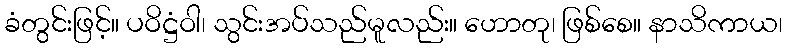
ခံတွင်းဖြင့်။ ပဝိဋ္ဌံဝါ၊ သွင်းအပ်သည်မူလည်း။ ဟောတု၊ ဖြစ်စေ။ နာသိကာယ၊